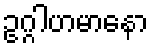
ဥဂ္ဂါဟမာနော